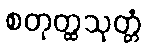
စတုတ္ထသုတ္တံ